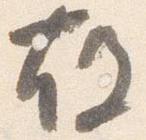
故